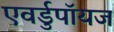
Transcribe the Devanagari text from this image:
एवर्डुपॉयज